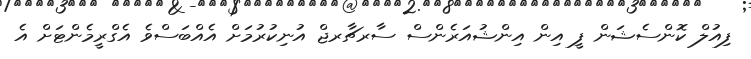
ފިއުލް ކޮންސެޝަން ފީ އިން އިންޝުއަރެންސް ސާރޗާރޖް އުނިކުރުމަށް އެއްބަސްވެ އެގްރީމެންޓަށް އެ